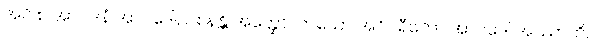
အပိ စ အာဂဒနံ အာဂဒေါ, ဝစနန္တိ အတ္ထော။ တယော အဝိပရီတော အာဂဒေါ အဿာတိ,